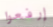
إرفعوا